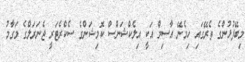
މިބޭފުޅުންގެ ތެރޭގައި ހިމެނޭ އާސިމް އަކީ އިލެކްޝަންސް ކޮމިޝަންގެ ސެކްރެޓަރީ ޖެނަރަލްގެ މަގާމު